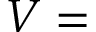
V =